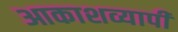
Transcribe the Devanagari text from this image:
आकाशव्यापी